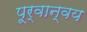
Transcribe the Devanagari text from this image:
पूर्वान्वय